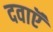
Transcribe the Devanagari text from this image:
दवाऍं